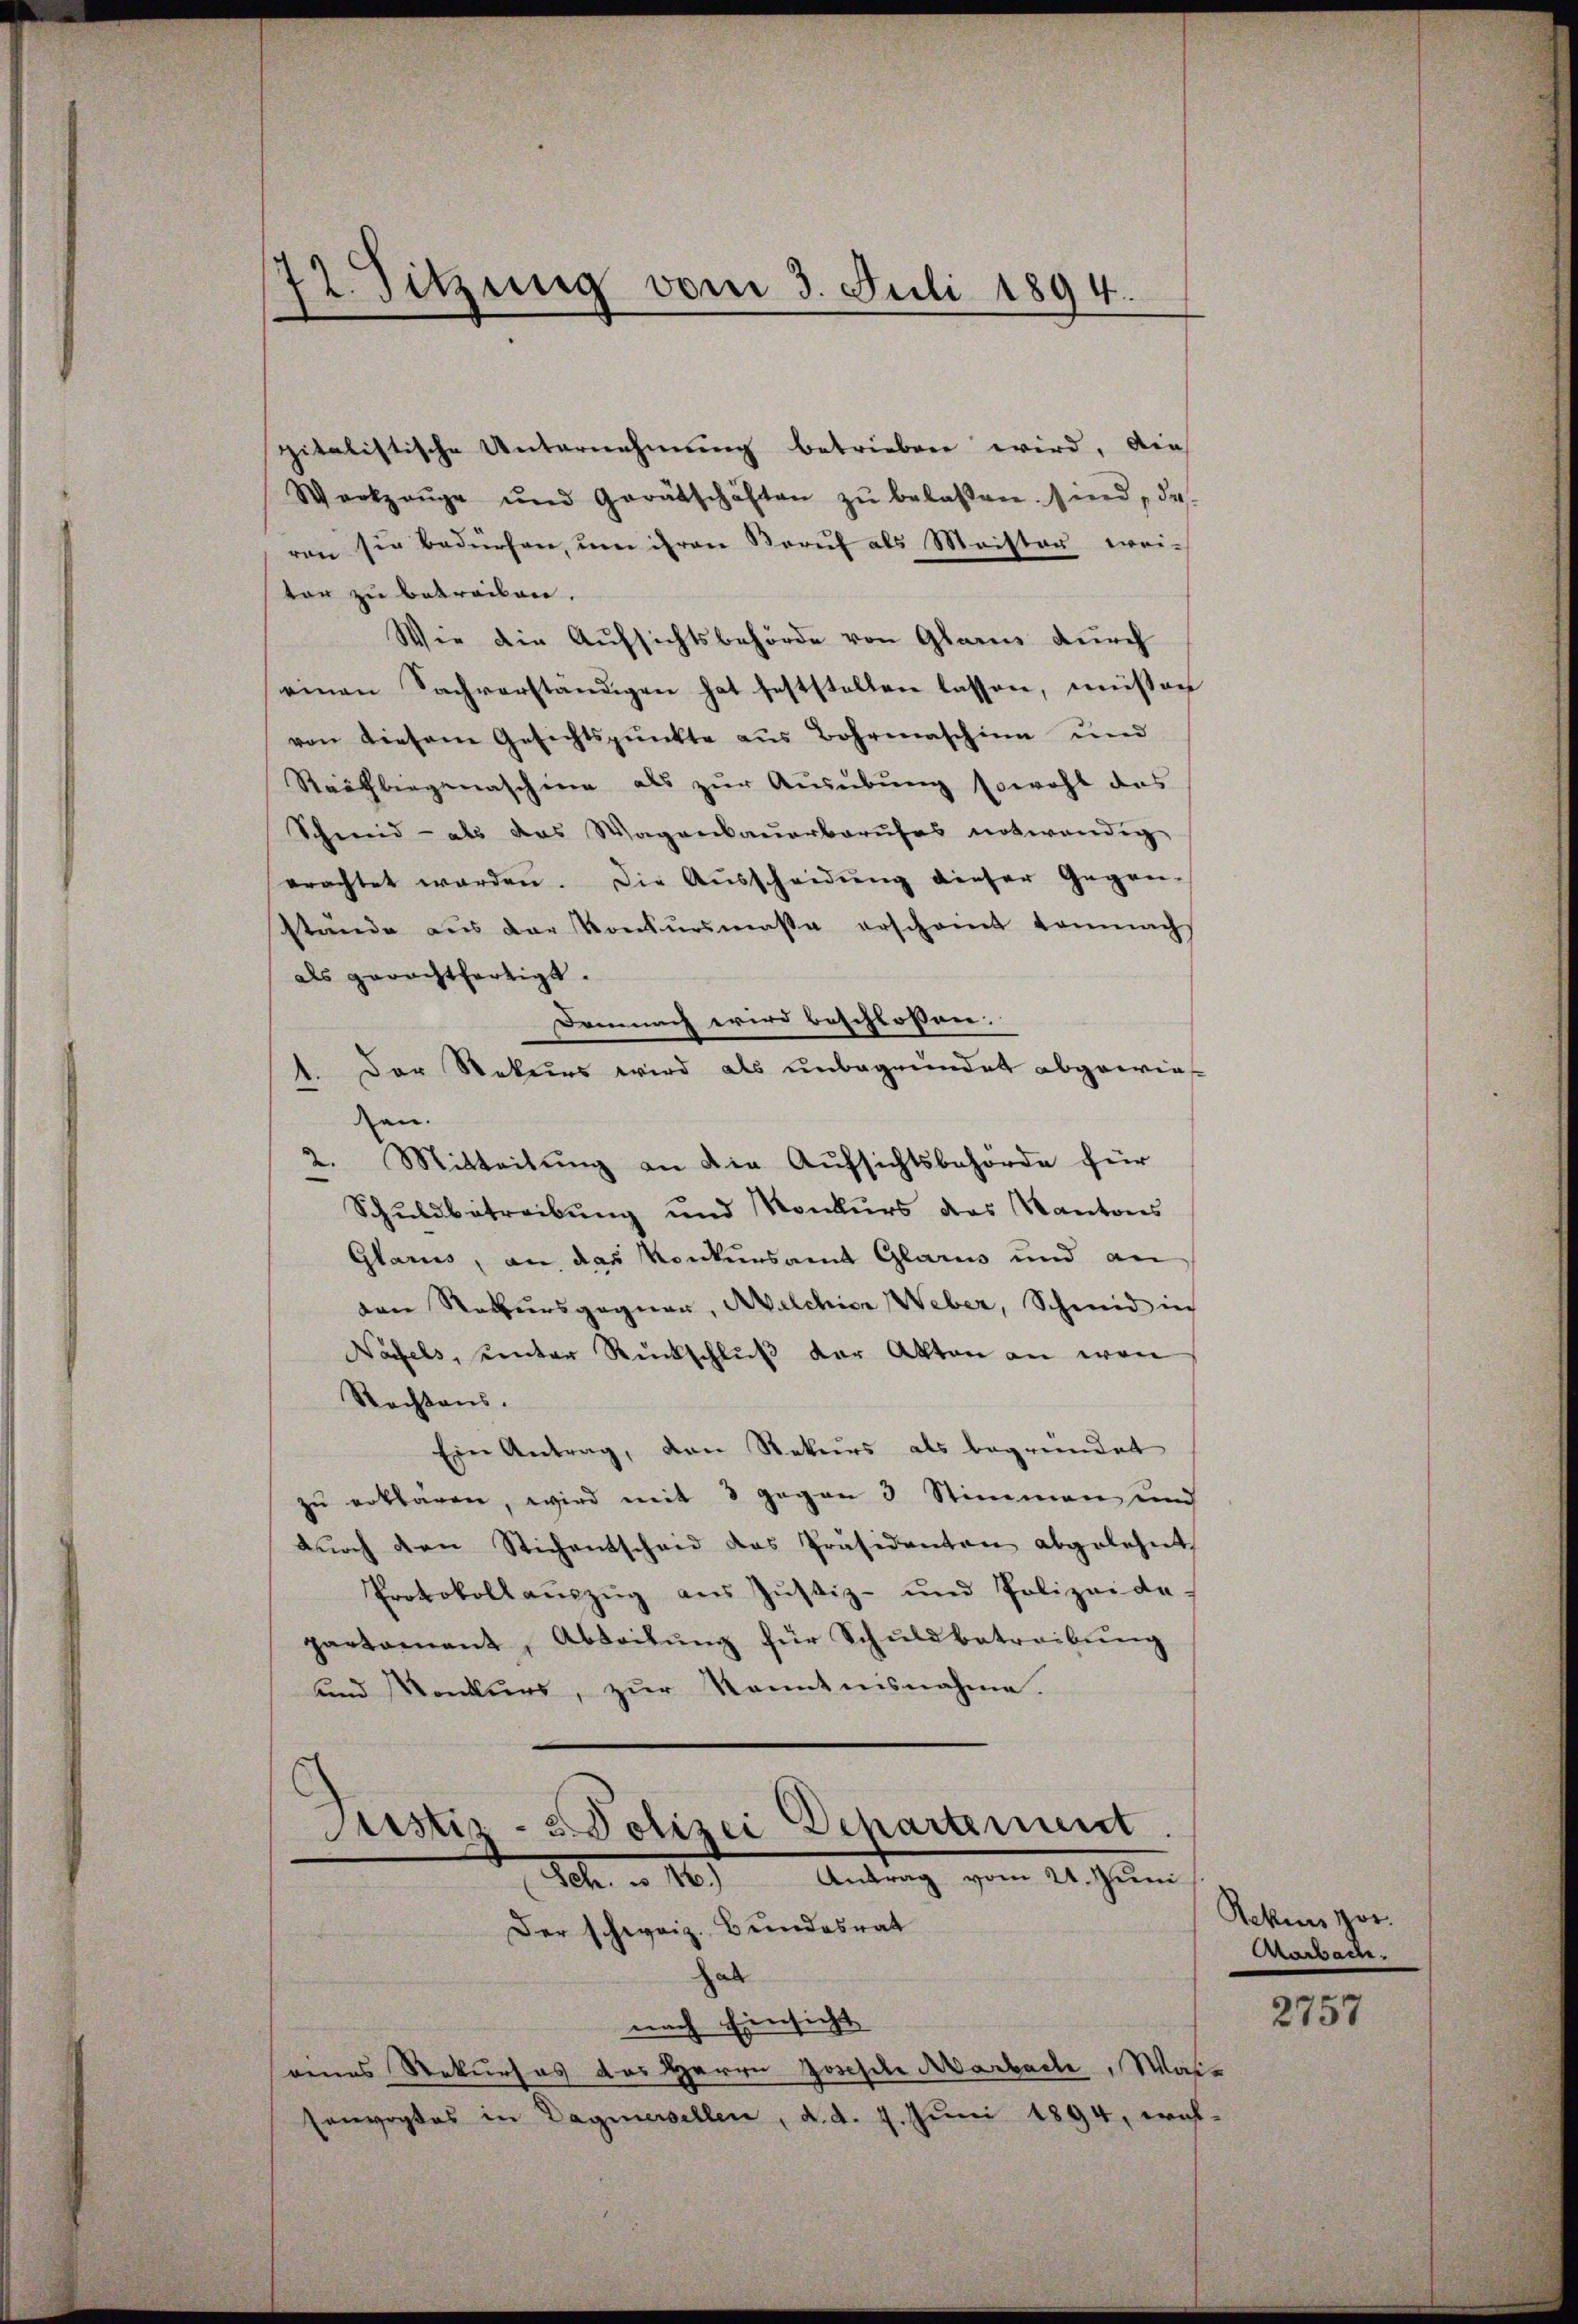
72. Sitzung vom 3. Juli 1894.

pitalistische Unternehmung betrieben wird, die
Werkzeŭge und Gerätschäften zŭ belassen. sind, da
ren sie bedürfen, um ihren Beruf als Meister weitor zu betreiben.
Wie die Aufsichtsbehörde von Glarus durch
einen Sachverständigen hat feststellen lassen, müssen
von diesem Gesichtspunkte aus Bohrenaschien und
Raufbiegenaschine als zur Ausübung sowohl das
Schneid - als das Wagenbauerberufes notwendig
erachtet worden. Die Aŭsscheidŭng dieser Gegen-
stände aus der Konkursmasse erscheint demnachs
als gerechtfertigt.
Demnach wird beschlossen.
 Der Rekurs wird als unbegründet abgewies
.
an.
2. Mitteilung an die Aufsichtsbehörde für
Schuldbetreibung und Konkurs des Kantons
Glarus, an das Konkursamt Glarus und an
den Rekursgegner, Welchior Weber, Schmid in
Näfels, unter Rückschluß der Akten an von
Rechtens.
Ein Antrag, den Rekurs als begründet
zu erklären, wird mit 8 gegen 3 Stimmen und
dŭrch den Stichentschend das Präsidenten abgelehnt
Protokollauszug aus Justiz- und Polizeide.
partament, Abteitŭng für Schuldbetreibŭng
und Konkurs, zur Kenntnisnahme

Justiz- & Polizei Departement.
Joh. v. 116.) Antrag vom 21. Juni

Der schweiz. Bundesrat
hab
nach Einsicht
nenes Rekurses des Herrn Josefele Marbach, Wai¬
Eenvogtes in Dagnerellen, d. d. 4. Juni 1894, wel¬

Rekurs por
Aabache.

2757